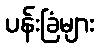
ပန်းခြံများ